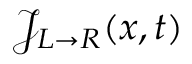
\mathcal { J } _ { L \rightarrow R } ( x , t )